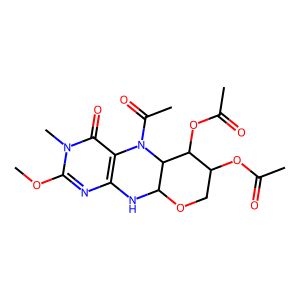
SMILES: COc1nc2c(c(=O)n1C)N(C(C)=O)C1C(N2)OCC(OC(C)=O)C1OC(C)=O
Inhibits HIV replication: No